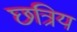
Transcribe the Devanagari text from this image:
छत्रिय